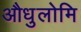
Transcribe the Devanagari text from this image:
औधुलोमि